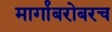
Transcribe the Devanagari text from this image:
मार्गांबरोबरच